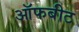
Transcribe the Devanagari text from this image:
ऑफबीट